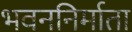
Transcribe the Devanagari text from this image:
भवननिर्माता